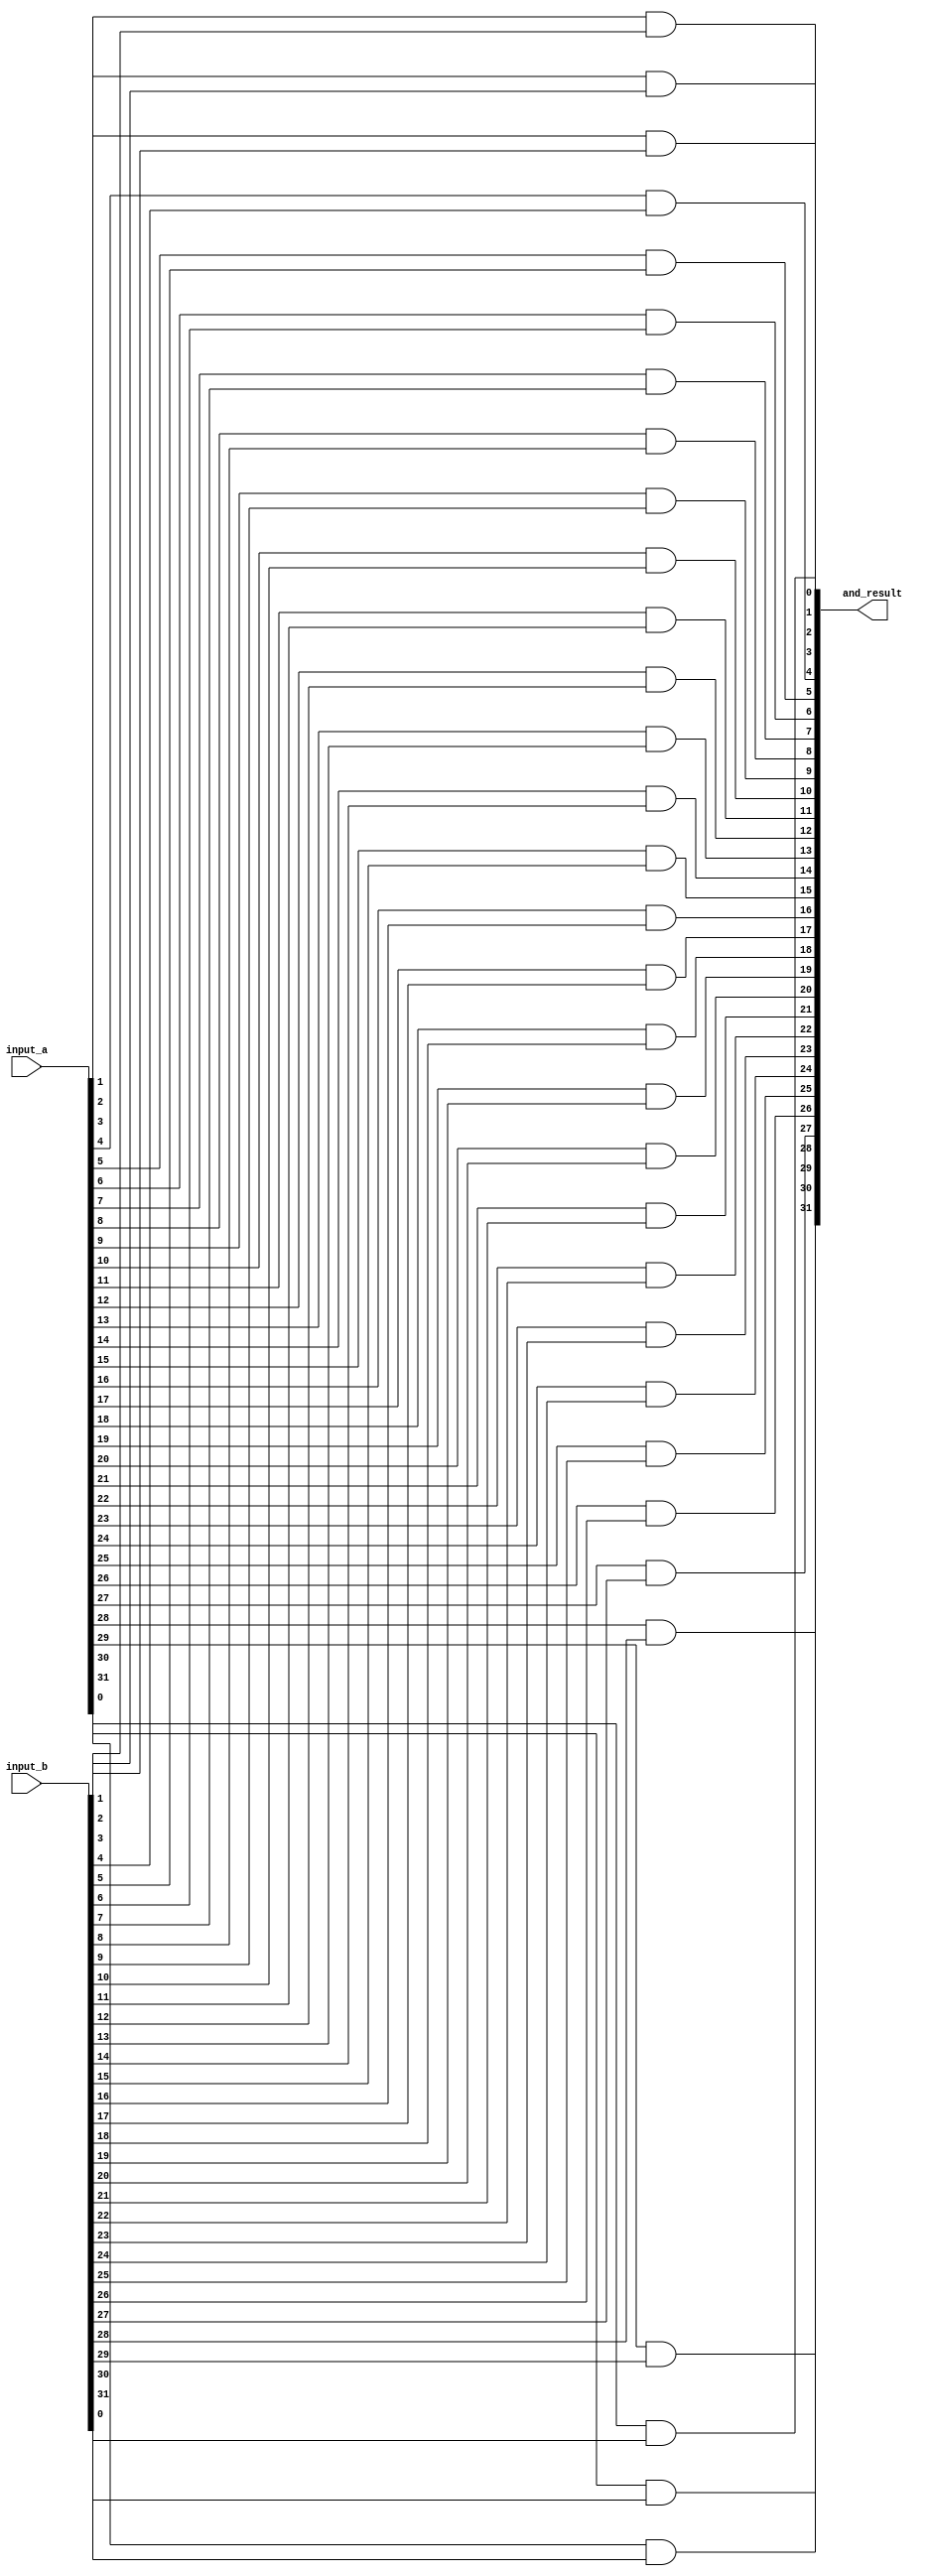
module _32bit_and (and_result, input_a, input_b);

input  [31:0] input_a, input_b;
output [31:0] and_result;

//Anding all bits with their friends


and and0(and_result[0],input_a[0],input_b[0]),
	 and1(and_result[1],input_a[1],input_b[1]),
	 and2(and_result[2],input_a[2],input_b[2]),
    and3(and_result[3],input_a[3],input_b[3]),
	 and4(and_result[4],input_a[4],input_b[4]),
	 and5(and_result[5],input_a[5],input_b[5]),
	 and6(and_result[6],input_a[6],input_b[6]),
	 and7(and_result[7],input_a[7],input_b[7]),
	 and8(and_result[8],input_a[8],input_b[8]),
	 and9(and_result[9],input_a[9],input_b[9]),
	 and10(and_result[10],input_a[10],input_b[10]),
	 and11(and_result[11],input_a[11],input_b[11]),
	 and12(and_result[12],input_a[12],input_b[12]),
	 and13(and_result[13],input_a[13],input_b[13]),
	 and14(and_result[14],input_a[14],input_b[14]),
	 and15(and_result[15],input_a[15],input_b[15]),
	 and16(and_result[16],input_a[16],input_b[16]),
	 and17(and_result[17],input_a[17],input_b[17]),
	 and18(and_result[18],input_a[18],input_b[18]),
	 and19(and_result[19],input_a[19],input_b[19]),
	 and20(and_result[20],input_a[20],input_b[20]),
	 and21(and_result[21],input_a[21],input_b[21]),
	 and22(and_result[22],input_a[22],input_b[22]),
	 and23(and_result[23],input_a[23],input_b[23]),
	 and24(and_result[24],input_a[24],input_b[24]),
	 and25(and_result[25],input_a[25],input_b[25]),
	 and26(and_result[26],input_a[26],input_b[26]),
	 and27(and_result[27],input_a[27],input_b[27]),
	 and28(and_result[28],input_a[28],input_b[28]),
	 and29(and_result[29],input_a[29],input_b[29]),
	 and30(and_result[30],input_a[30],input_b[30]),
	 and31(and_result[31],input_a[31],input_b[31]);

endmodule